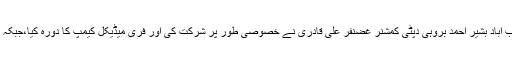
میڈیکل کیمپ میں رینجرس 51 ونگ کے کمانڈر کرنل محمودالرحمن سمیت ایس ایس پی جیکب آباد بشیر احمد بروہی دپٹی کمشنر غضنفر علی قادری نے خصوصی طور پر شرکت کی اور فری میڈیکل کیمپ کا دورہ کیا،جبکہ رینجرس ڈی ایس آر ممتاز علی نے مھمانوں کو ایک روزہ فری میڈیکل کیمپ کی بریفنگ دی۔